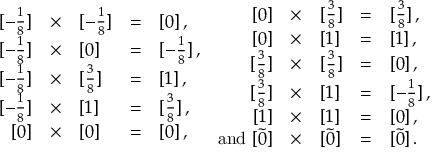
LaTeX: \begin{array} { r c l c l } { { { } [ - \frac { 1 } { 8 } ] } } & { { \times } } & { { [ - \frac { 1 } { 8 } ] } } & { { = } } & { { [ 0 ] \, , } } \\ { { { } [ - \frac { 1 } { 8 } ] } } & { { \times } } & { { [ 0 ] } } & { { = } } & { { [ - \frac { 1 } { 8 } ] \, , } } \\ { { { } [ - \frac { 1 } { 8 } ] } } & { { \times } } & { { [ \frac { 3 } { 8 } ] } } & { { = } } & { { [ 1 ] \, , } } \\ { { { } [ - \frac { 1 } { 8 } ] } } & { { \times } } & { { [ 1 ] } } & { { = } } & { { [ \frac { 3 } { 8 } ] \, , } } \\ { { { } [ 0 ] } } & { { \times } } & { { [ 0 ] } } & { { = } } & { { [ 0 ] \, , } } \end{array} \begin{array} { r c l c l } { { { } [ 0 ] } } & { { \times } } & { { [ \frac { 3 } { 8 } ] } } & { { = } } & { { [ \frac { 3 } { 8 } ] \, , } } \\ { { { } [ 0 ] } } & { { \times } } & { { [ 1 ] } } & { { = } } & { { [ 1 ] \, , } } \\ { { { } [ \frac { 3 } { 8 } ] } } & { { \times } } & { { [ \frac { 3 } { 8 } ] } } & { { = } } & { { [ 0 ] \, , } } \\ { { { } [ \frac { 3 } { 8 } ] } } & { { \times } } & { { [ 1 ] } } & { { = } } & { { [ - \frac { 1 } { 8 } ] \, , } } \\ { { { } [ 1 ] } } & { { \times } } & { { [ 1 ] } } & { { = } } & { { [ 0 ] \, , } } \\ { { \mathrm { a n d \ } { } [ \tilde { 0 } ] } } & { { \times } } & { { [ \tilde { 0 } ] } } & { { = } } & { { [ \tilde { 0 } ] \, . } } \end{array}